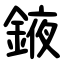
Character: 䤳